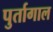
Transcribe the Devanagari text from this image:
पुर्तागाल